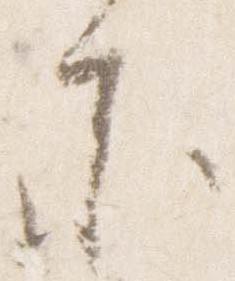
参